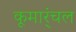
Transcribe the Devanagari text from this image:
कूमार्ंचल